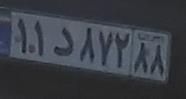
۱۱د۸۷۲۸۸